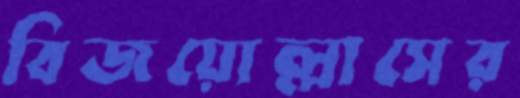
বিজয়োল্লাসের